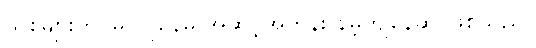
သစ်များတွင်မူ လူနေမှု အဆင့်အတန်း နိမ့်ကျနေဆဲ ဖြစ်သည်။